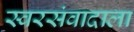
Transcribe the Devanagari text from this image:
स्वरसंवादाला